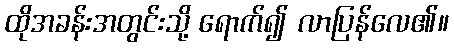
ထိုအခန်းအတွင်းသို့ ရောက်၍ လာပြန်လေ၏။